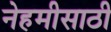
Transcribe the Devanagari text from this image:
नेहमीसाठी